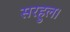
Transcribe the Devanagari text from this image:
सरहुल।